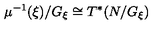
\mu ^ { - 1 } ( \xi ) / G _ { \xi } \cong T ^ { * } ( N / G _ { \xi } )